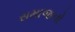
સમાજનો